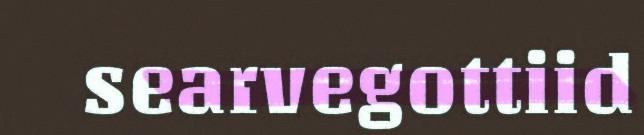
searvegottiid